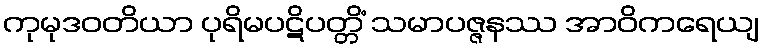
ကုမုဒဝတိယာ ပုရိမပဋိပတ္တိံ သမာပဇ္ဇနဿ အာဝိကရေယျ